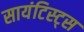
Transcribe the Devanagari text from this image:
सायंटिस्ट्स